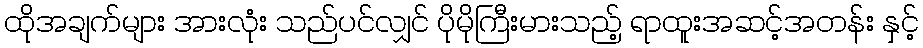
ထိုအချက်များ အားလုံး သည်ပင်လျှင် ပိုမိုကြီးမားသည့် ရာထူးအဆင့်အတန်း နှင့်